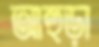
আহুড়া